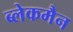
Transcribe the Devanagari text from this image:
ब्लेकमैन